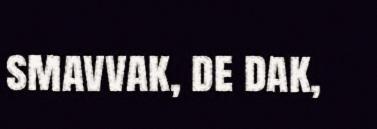
smavvak, de dak,